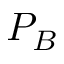
P _ { B }